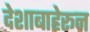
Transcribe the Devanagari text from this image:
देशाबाहेरून